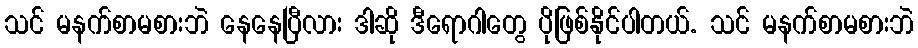
သင် မနက်စာမစားဘဲ နေနေပြီလား ဒါဆို ဒီရောဂါတွေ ပိုဖြစ်နိုင်ပါတယ်. သင် မနက်စာမစားဘဲ